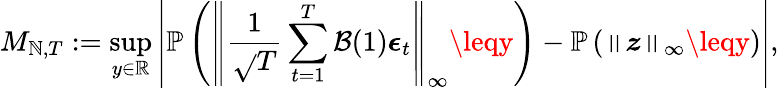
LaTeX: {M_{\mathbb{N},T}}:=\operatorname*{sup}_{y\in\mathbb{{R}}}\left\lvert\mathbb{{P}}\left(\left\lVert\frac{{1}}{{\sqrt{}{{T}}}}\sum_{t=1}^{T}\mathcal{{B}}(1)\boldsymbol{\epsilon}_{t}\right\rVert_{\infty}\leqy\right)-\mathbb{{P}}\left(\left\lVert\boldsymbol{z}\right\rVert_{\infty}\leqy\right)\right\rvert,